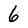
Character: 6